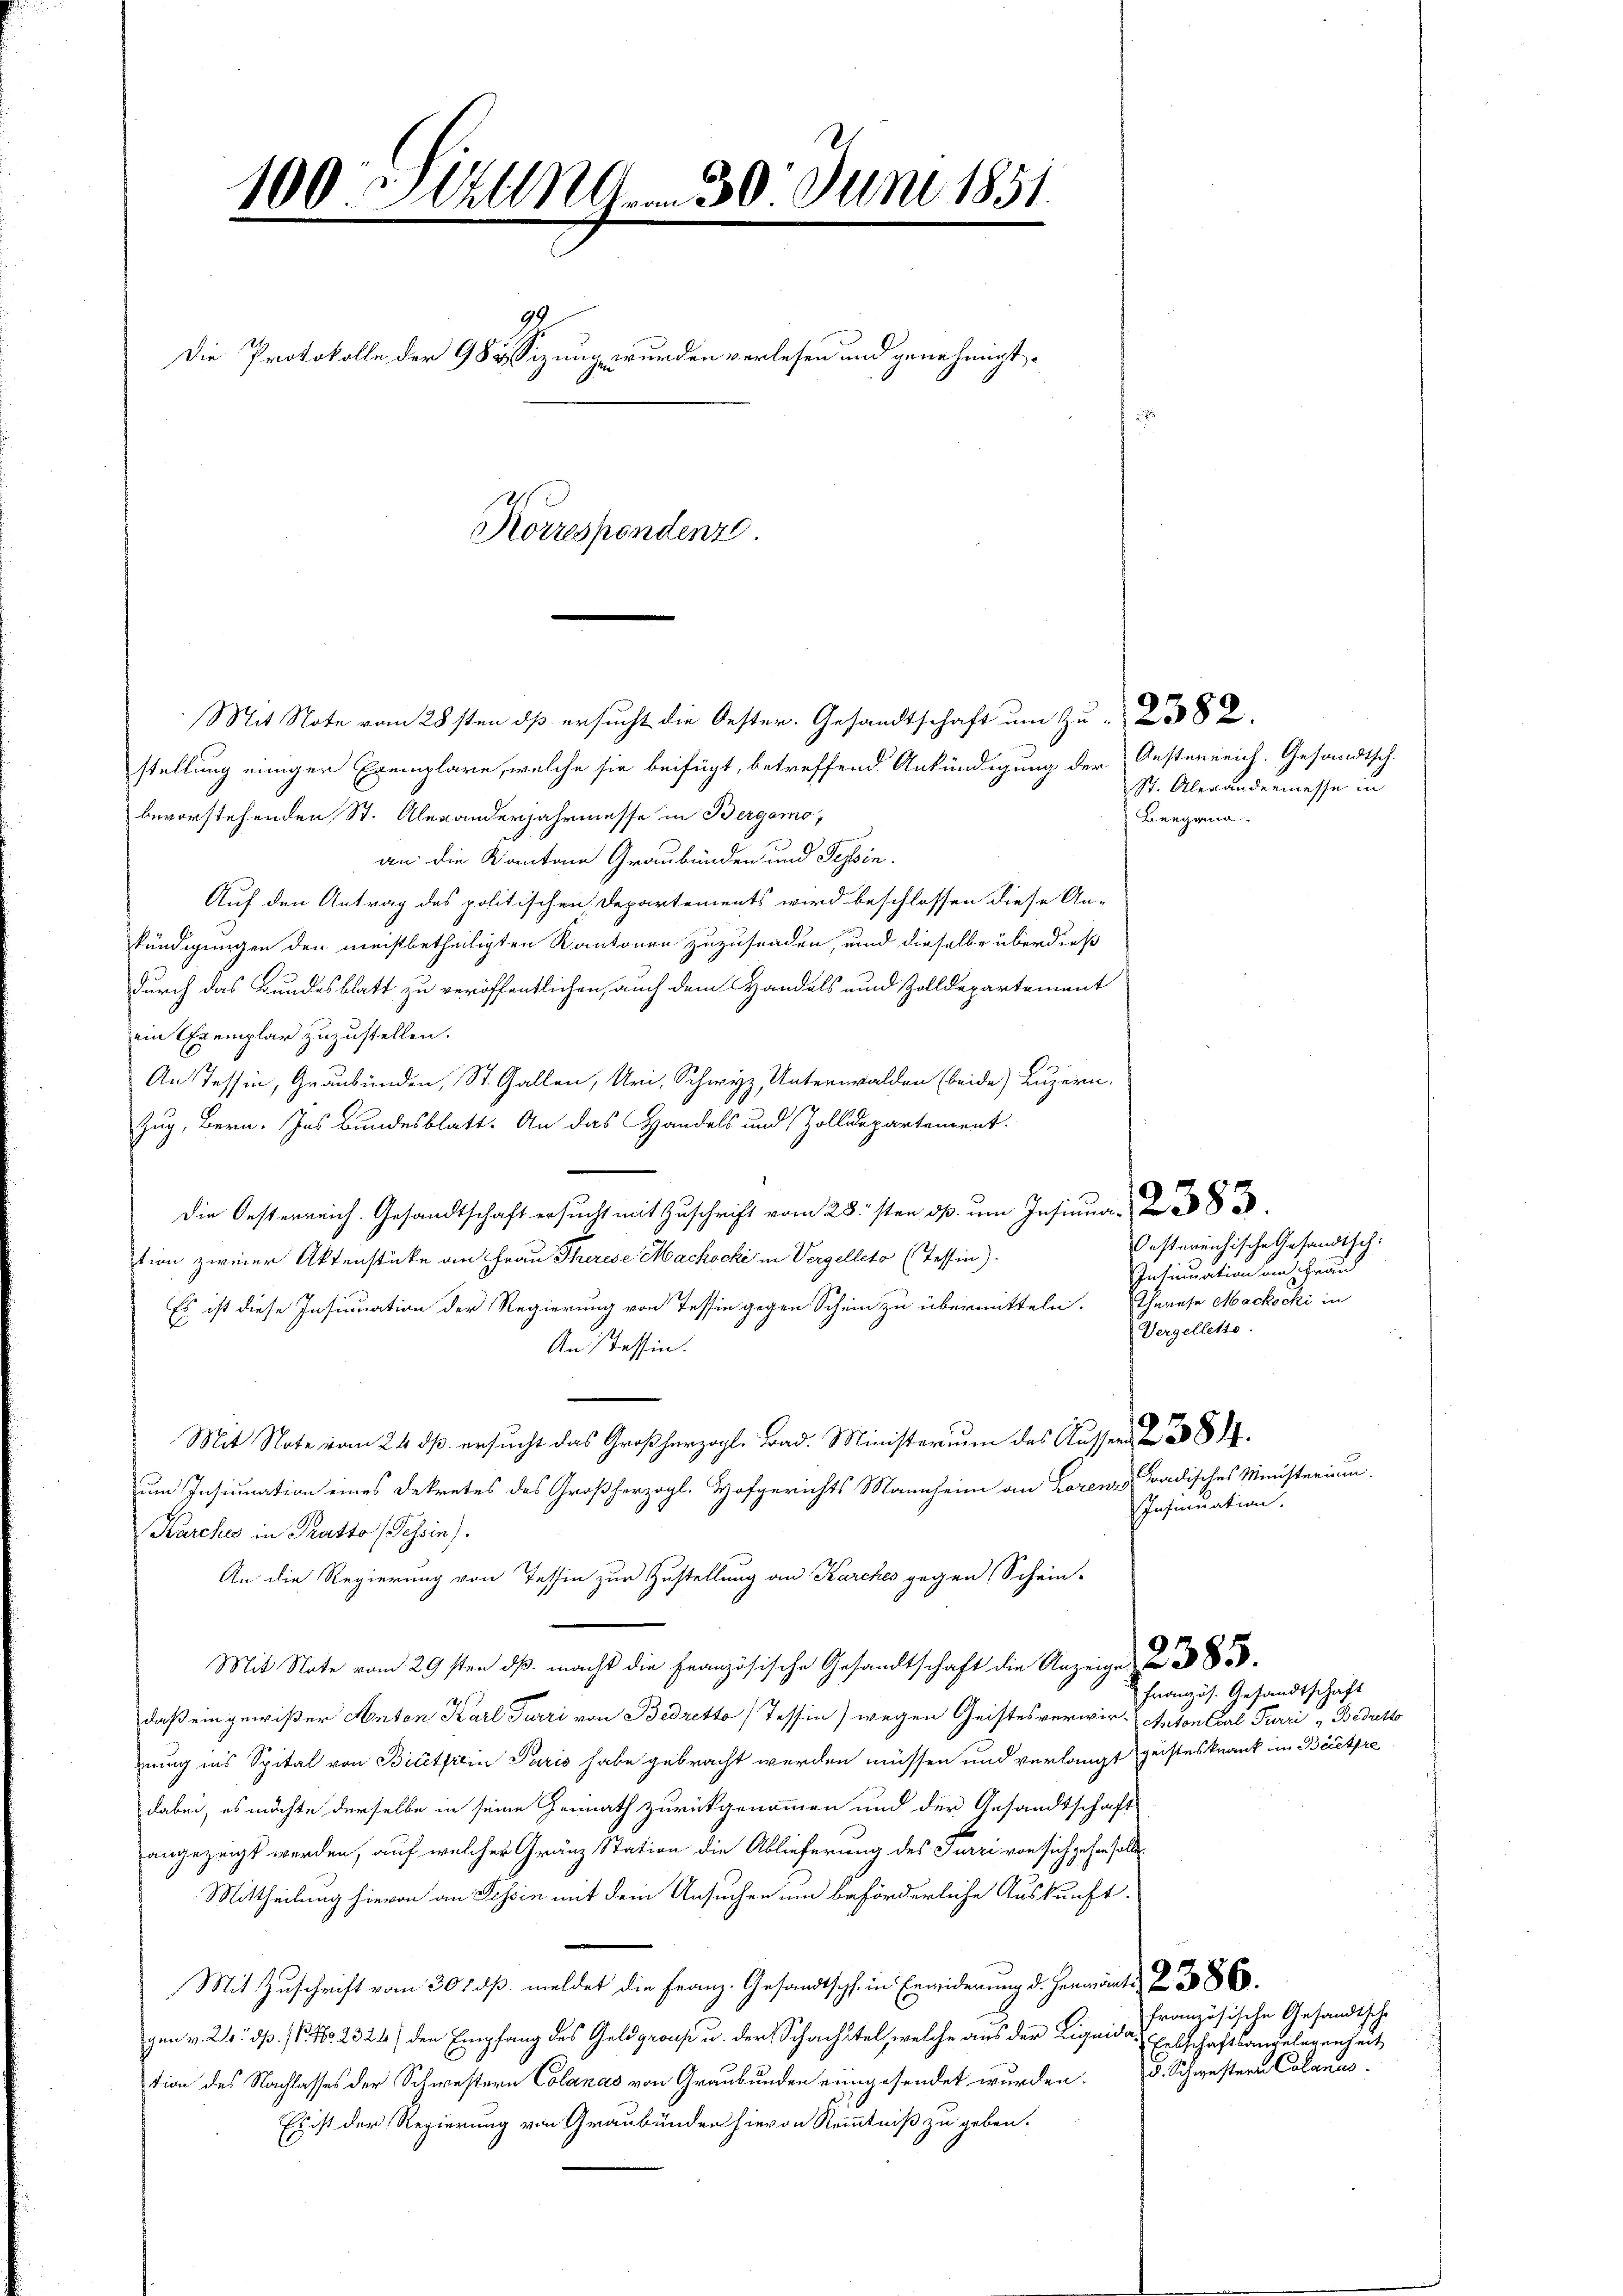
100. Juli 19. 30. Juni 1851.
99.
Die Protokolle der 985 sizung wurden verlesen und genehmigt.
Korrespondenz

stellung einigen Exemplare, welche sie beifügt, betreffend Ankündigung der Oesterreich. Gesandtsch-
bevorstehenden St. Alexanderjahrmasse in Bergamo,
an die Kantone Graubünden und Tessin.
Auf den Antrag des politischen Departements wird beschlossen diese An-
kündigungen den meistbetheiligten Kantonen zuzusenden, und dieselbe überdieß
durch das Bundesblatt zu veröffentlichen, auch dem Handels und Zolldepartement
ein Exemplar zuzustellen.
An Tessin, Graubünden, St. Gallen, Uri, Schwyz, Unterwalden (beide) Luzern,
Zug, Bern. Ins Bundesblatt. An das Handels und Zolldepartement.
die Oesterreich. Gesandtschaft ersucht mit Zuschrift vom 28sten ds um Insinuar 183
tion zweier Aktenstücke an Frau Therese Mackocki in Vergelleto (Tessin).
Es ist diese Insinuation der Regierung von Tessin gegen Schein zu übermitteln. Therese Mackocki in
Anstessen.
Mit Note vom 24. ds. ersucht das Großherzogl. Brad. Ministerium des Ausser
um Insinuation eines Dekretes des Großherzogl. Hofgerichts Mannheim an Lorenzs
Karche in Tratto (Tessin).
An die Regierung von Tessin zur Zustellung an Karches gegen Schein-
Mit Note vom 29sten ds. macht die Französische Gesandtschaft die Anzeige
daß ein gewißer Anton Karl Furri von Bedretto, Tessin) wegen Geistesverwir- Anton Carl Furri "Bedretto
nung ins Spital von Bittsein Paris habe gebracht werden müssen und verlangt geisteskrank im Beetre
dabei, es möchte derselbe in seine Hennath zurückgenommen und der Gesandtschaft
angezeigt werden, auf welcher Gränz Station die Ablieferung des Jurri von sich gehen solle.
Mittheilung hievon an Tessin mit dem Ansuchen um beförderliche Auskunft.
Mit Zuschrift vom 30. ds. meldet die Franz. Gesandtsch, in Erwiderung d. Hermante 2. 386.
gen v. 24. dß. P. No 23 24) den Empfang des Geldgrous u. der Schachitel, welche aus der Liquidat Erbschaftsangelegenheit
tion des Nachlasses der Schwestern Colanas von Graubünden eingesendet wurden. d. Schwestern Colanus
Es ist der Regierung von Graubünden hievon Kenntniß zu geben.

Mit Note vom 28sten daß ersucht die Oester- Gesandtschaft um Zu- 382.

St. Alexandermesse in
Beegann.

Oestereichische Gesandtsch:
Insinuation am Frau
Vergellette.

Tradisches Ministerium
Insinuation.

Französ. Gesandtschaft

französische Gesandtsche